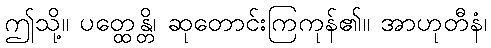
ဤသို့။ ပတ္ထေန္တိ၊ ဆုတောင်းကြကုန်၏။ အာဟုတီနံ၊